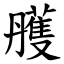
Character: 雘